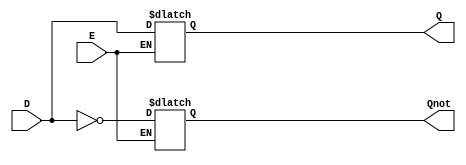
module D_latch_try_2(D,E, Q, Qnot); //declares module
	
	input wire D, E; //defines input wires D, E
	output Q, Qnot; //defines output Q, Qnot
	
	reg rQ, rQnot; //defines rQ, rQnot
	
	always @(*) begin //initiates always @
		if(E) begin //if statement triggered by E
			
			rQ <= D; //defines logical expression for rQ for a D flip flop
			rQnot <=~D; //defines logical expression for rQnot for a D flip flop
		end //ends if statement
	end //ends always @
	
	assign Q = rQ; //assigns logical expression to rQ
	assign Qnot = rQnot; //assigns logical expression to rQnot
	
endmodule